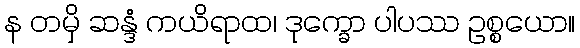
န တမှိ ဆန္ဒံ ကယိရာထ၊ ဒုက္ခော ပါပဿ ဥစ္စယော။